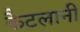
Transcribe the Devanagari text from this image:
कैटलानी